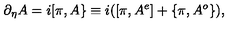
\partial _ { \eta } A = i [ \pi , A \} \equiv i ( [ \pi , A ^ { e } ] + \{ \pi , A ^ { o } \} ) ,